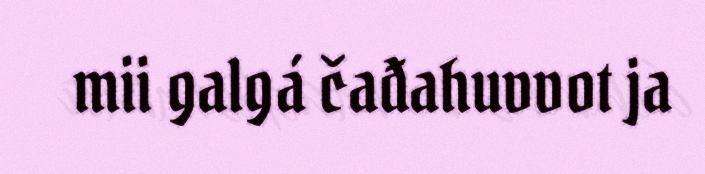
mii galgá čađahuvvot ja